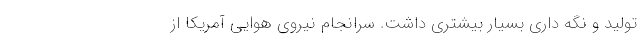
تولید و نگه داری بسیار بیشتری داشت. سرانجام نیروی هوایی آمریکا از